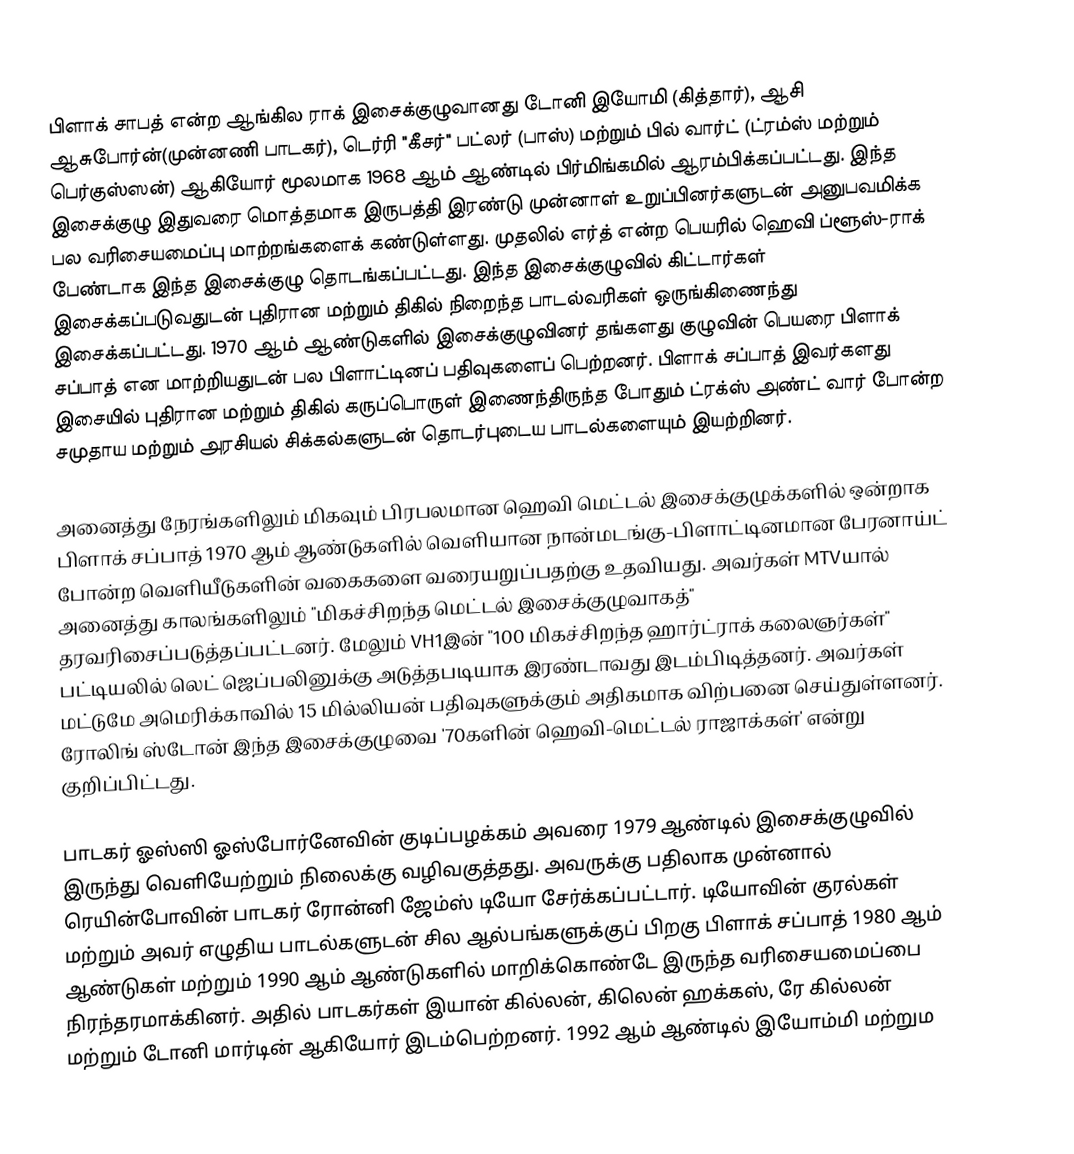
பிளாக் சாபத் என்ற ஆங்கில ராக் இசைக்குழுவானது டோனி இயோமி (கித்தார்), ஆசி ஆசுபோர்ன்(முன்னணி பாடகர்), டெர்ரி "கீசர்" பட்லர் (பாஸ்) மற்றும் பில் வார்ட் (ட்ரம்ஸ் மற்றும் பெர்குஸ்ஸன்) ஆகியோர் மூலமாக 1968 ஆம் ஆண்டில் பிர்மிங்கமில் ஆரம்பிக்கப்பட்டது. இந்த இசைக்குழு இதுவரை மொத்தமாக இருபத்தி இரண்டு முன்னாள் உறுப்பினர்களுடன் அனுபவமிக்க பல வரிசையமைப்பு மாற்றங்களைக் கண்டுள்ளது. முதலில் எர்த் என்ற பெயரில் ஹெவி ப்ளூஸ்-ராக் பேண்டாக இந்த இசைக்குழு தொடங்கப்பட்டது. இந்த இசைக்குழுவில் கிட்டார்கள் இசைக்கப்படுவதுடன் புதிரான மற்றும் திகில் நிறைந்த பாடல்வரிகள் ஒருங்கிணைந்து இசைக்கப்பட்டது. 1970 ஆம் ஆண்டுகளில் இசைக்குழுவினர் தங்களது குழுவின் பெயரை பிளாக் சப்பாத் என மாற்றியதுடன் பல பிளாட்டினப் பதிவுகளைப் பெற்றனர். பிளாக் சப்பாத் இவர்களது இசையில் புதிரான மற்றும் திகில் கருப்பொருள் இணைந்திருந்த போதும் ட்ரக்ஸ் அண்ட் வார் போன்ற சமுதாய மற்றும் அரசியல் சிக்கல்களுடன் தொடர்புடைய பாடல்களையும் இயற்றினர்.

அனைத்து நேரங்களிலும் மிகவும் பிரபலமான ஹெவி மெட்டல் இசைக்குழுக்களில் ஒன்றாக பிளாக் சப்பாத் 1970 ஆம் ஆண்டுகளில் வெளியான நான்மடங்கு-பிளாட்டினமான பேரனாய்ட் போன்ற வெளியீடுகளின் வகைகளை வரையறுப்பதற்கு உதவியது. அவர்கள் MTVயால் அனைத்து காலங்களிலும் "மிகச்சிறந்த மெட்டல் இசைக்குழுவாகத்" தரவரிசைப்படுத்தப்பட்டனர். மேலும் VH1இன் "100 மிகச்சிறந்த ஹார்ட்ராக் கலைஞர்கள்" பட்டியலில் லெட் ஜெப்பலினுக்கு அடுத்தபடியாக இரண்டாவது இடம்பிடித்தனர். அவர்கள் மட்டுமே அமெரிக்காவில் 15 மில்லியன் பதிவுகளுக்கும் அதிகமாக விற்பனை செய்துள்ளனர். ரோலிங் ஸ்டோன் இந்த இசைக்குழுவை '70களின் ஹெவி-மெட்டல் ராஜாக்கள்' என்று குறிப்பிட்டது.

பாடகர் ஓஸ்ஸி ஓஸ்போர்னேவின் குடிப்பழக்கம் அவரை 1979 ஆண்டில் இசைக்குழுவில் இருந்து வெளியேற்றும் நிலைக்கு வழிவகுத்தது. அவருக்கு பதிலாக முன்னால் ரெயின்போவின் பாடகர் ரோன்னி ஜேம்ஸ் டியோ சேர்க்கப்பட்டார். டியோவின் குரல்கள் மற்றும் அவர் எழுதிய பாடல்களுடன் சில ஆல்பங்களுக்குப் பிறகு பிளாக் சப்பாத் 1980 ஆம் ஆண்டுகள் மற்றும் 1990 ஆம் ஆண்டுகளில் மாறிக்கொண்டே இருந்த வரிசையமைப்பை நிரந்தரமாக்கினர். அதில் பாடகர்கள் இயான் கில்லன், கிலென் ஹக்கஸ், ரே கில்லன் மற்றும் டோனி மார்டின் ஆகியோர் இடம்பெற்றனர். 1992 ஆம் ஆண்டில் இயோம்மி மற்றும